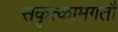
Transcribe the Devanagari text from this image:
सकृत्कामगतौ